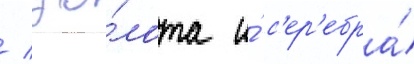
/ зо́лота и́ с'ер'ебра́